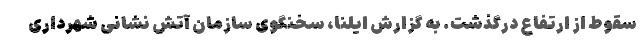
سقوط از ارتفاع درگذشت. به گزارش ایلنا، سخنگوی سازمان آتش نشانی شهرداری